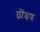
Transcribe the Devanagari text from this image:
ठोंडप